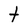
Character: t